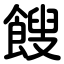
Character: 餿